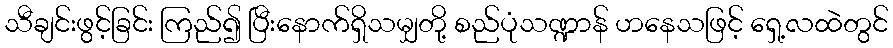
သီချင်းဖွင့်ခြင်း ကြည်၍ ပြီးနောက်ရှိသမျှတို့ စည်ပုံသဏ္ဍာန် ဟနေသဖြင့် ရှေ့လထဲတွင်